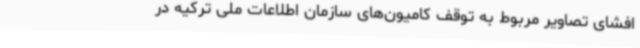
افشای تصاویر مربوط به توقف کامیون‌های سازمان اطلاعات ملی ترکیه در